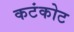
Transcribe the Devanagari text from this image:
कटंकोट